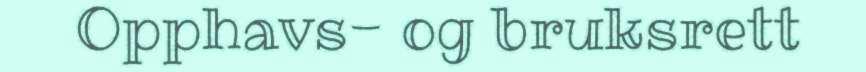
Opphavs- og bruksrett